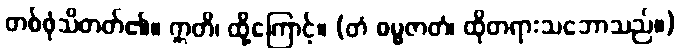
တစ်ဖုံသိတတ်၏။ ဣတိ၊ ထို့ကြောင့်။ (တံ ဓမ္မဇာတံ၊ ထိုတရားသဘောသည်။)